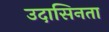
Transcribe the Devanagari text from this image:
उदासिनता